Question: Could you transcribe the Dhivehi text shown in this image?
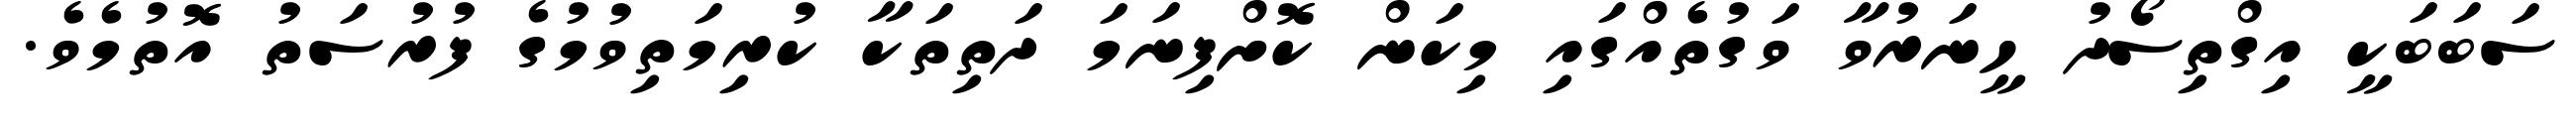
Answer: ސަބަބަކީ އިގްތިސޯދު ހީނަރުވާ ވަގުތެއްގައި މިކަން ކޮށްފިނަމަ ދަތިތަކާ ކުރިމަތިވުމުގެ ފުރުސަތު އޮތުމެވެ.